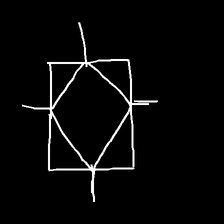
Glyph: light